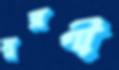
মুরগী